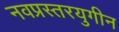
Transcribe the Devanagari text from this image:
नवप्रस्तरयुगीन